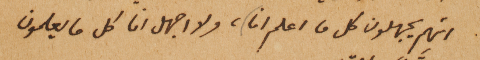
انهم يجهلون كل ما اعلم انا، ولا اجهل انا كل ما يعلمون